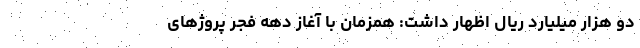
دو هزار میلیارد ریال اظهار داشت: همزمان با آغاز دهه فجر پروژ‌های